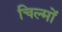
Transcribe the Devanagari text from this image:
चिल्मों